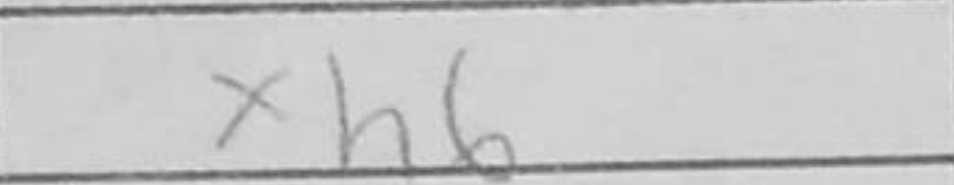
Transcription: xh6